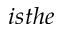
i s t h e